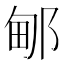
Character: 𰻫